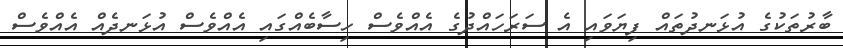
ބާރުތަކުގެ އުޅަނދުތައް ފިޔަވައި އެ ސަރަހައްދުގެ އެއްވެސް ހިސާބެއްގައި އެއްވެސް އުޅަނދެއް އެއްވެސް